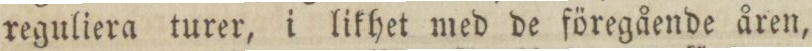
reguliera turer, i likhet med de föregående åren,